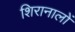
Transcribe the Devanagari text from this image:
शिरानालों